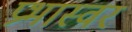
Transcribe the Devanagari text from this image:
प्रभास्वर